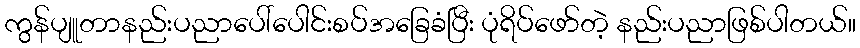
ကွန်ပျူတာနည်းပညာပေါ်ပေါင်းစပ်အခြေခံပြီး ပုံရိပ်ဖော်တဲ့ နည်းပညာဖြစ်ပါတယ်။